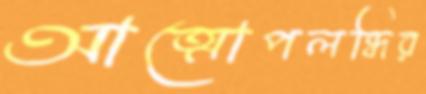
আত্মোপলব্ধির